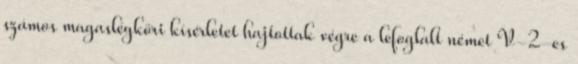
számos magaslégköri kísérletet hajtottak végre a lefoglalt német V-2-es